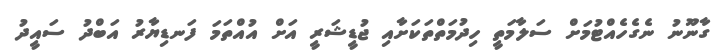
ގާނޫނު ނެގެހެއްޓުމަށް ސަލާމަތީ ހިދުމަތްތަކަށާއި ޖުޑީޝަރީ އަށް އުއްތަމަ ފަނޑިޔާރު އަބްދު ސައީދު